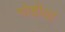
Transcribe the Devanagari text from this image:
गोष्ठीयां